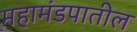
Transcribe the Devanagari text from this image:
महामंडपातील